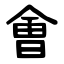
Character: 㑹